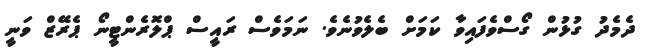
ދެމެދު ގުޅުން ގޯސްވެފައިވާ ކަމަށް ބެލެވުނެވެ. ނަމަވެސް ރައީސް ޕްލޮރެންޓީނޯ ޕެރޭޒް ވަނީ